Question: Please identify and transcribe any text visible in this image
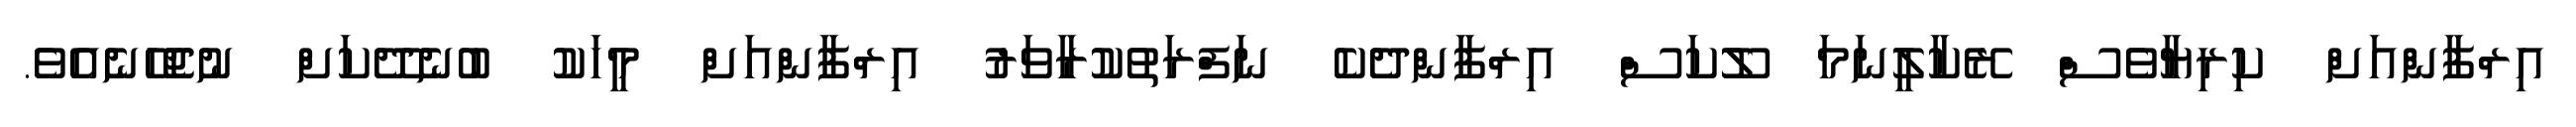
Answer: އިރްފާންއަށް ކިރިޔާވެސް ރޭކާލީނަމަ ލޫކަސް އިރްފާންދެކެ ނަފްރަތުކުރާވަރު އިރްފާންއަށް މީހަކު ބުނެދޭކަށް ނުޖެހޭނެއެވެ.